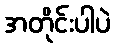
အတိုင်းပါပဲ